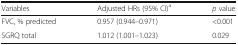
<table><thead><tr><td><b>Variables</b></td><td><b>Adjusted HRs (95% CI)<sup>a</sup></b></td><td><b><i>p</i> value</b></td></tr></thead><tbody><tr><td>FVC, % predicted</td><td>0.957 (0.944–0.971)</td><td>&lt;0.001</td></tr><tr><td>SGRQ total</td><td>1.012 (1.001–1.023)</td><td>0.029</td></tr></tbody></table>